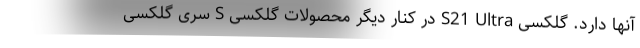
آنها دارد. گلکسی S21 Ultra در کنار دیگر محصولات گلکسی S سری گلکسی